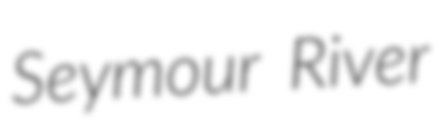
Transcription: Seymour River